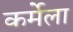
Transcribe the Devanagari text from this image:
कर्मेला